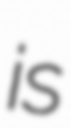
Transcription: is